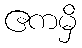
ဧကမှိ